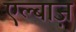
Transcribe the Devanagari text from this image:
एल्बाज़